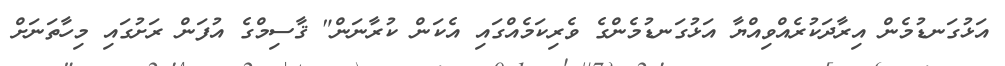
އަޅުގަނޑުމެން އިރާދަކުރެއްވިއްޔާ އަޅުގަނޑުމެންގެ ވެރިކަމެއްގައި އެކަން ކުރާނަން" ޤާސިމްގެ އުފަން ރަށުގައި މިހާތަނަށް